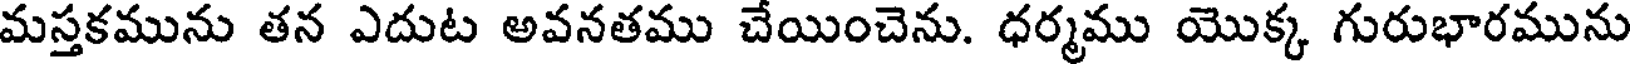
మస్తకమును తన ఎదుట అవనతము చేయించెను. ధర్మము యొక్క గురుభారమును